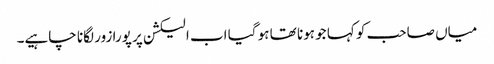
میاں صاحب کو کہا جو ہونا تھا ہو گیا اب الیکشن پر پورا زور لگانا چاہیے۔